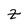
Character: Z